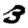
Digit: 3